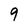
Character: 9